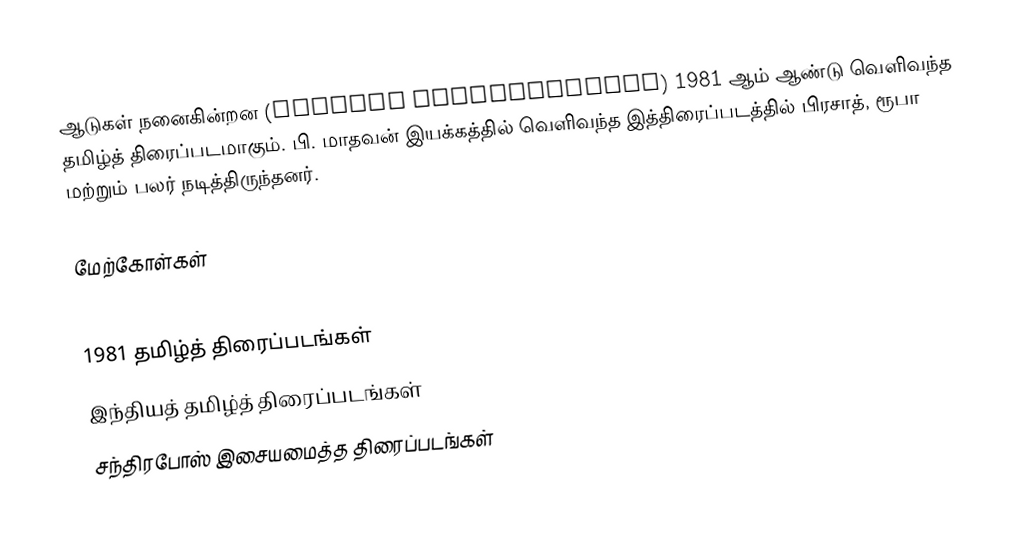
ஆடுகள் நனைகின்றன (Aadugal Nanaigindrana) 1981 ஆம் ஆண்டு வெளிவந்த தமிழ்த் திரைப்படமாகும். பி. மாதவன் இயக்கத்தில் வெளிவந்த இத்திரைப்படத்தில் பிரசாத், ரூபா மற்றும் பலர் நடித்திருந்தனர்.

மேற்கோள்கள்

1981 தமிழ்த் திரைப்படங்கள்
இந்தியத் தமிழ்த் திரைப்படங்கள்
சந்திரபோஸ் இசையமைத்த திரைப்படங்கள்